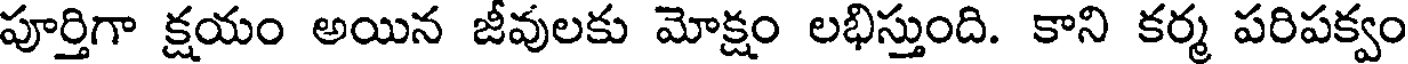
పూర్తిగా క్షయం అయిన జీవులకు మోక్షం లభిస్తుంది. కాని కర్మ పరిపక్వం